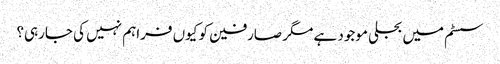
سسٹم میں بجلی موجود ہے مگر صارفین کو کیوں فراہم نہیں کی جارہی؟